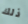
ذلك